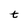
Character: t